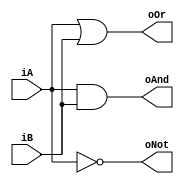
`timescale 1ns / 1ns
//////////////////////////////////////////////////////////////////////////////////
// Company: 
// Engineer: 
// 
// Design Name: 
// Module Name: logic_gates_1
// Project Name: 
// Target Devices: 
// Tool Versions: 
// Description: 
// 
// Dependencies: 
// 
// Revision:
// Revision 0.01 - File Created
// Additional Comments:
// 
//////////////////////////////////////////////////////////////////////////////////


module logic_gates_1
(
   input iA,
   input iB,
   output oAnd,
   output oOr,
   output oNot
   );
   and and_inst(oAnd,iA,iB);
   or or_inst(oOr,iA,iB);
   not not_inst(oNot,iA);
endmodule